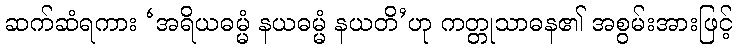
ဆက်ဆံရကား ‘အရိယဓမ္မံ နယဓမ္မံ နယတိ’ဟု ကတ္တုသာဓန၏ အစွမ်းအားဖြင့်